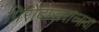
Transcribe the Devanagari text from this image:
प्रिरोदाख़रान्नाया